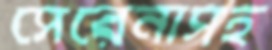
সেরেনাসহ